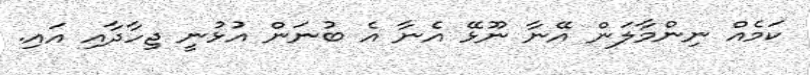
ކަމެއް ނިންމާލަން އޭނާ ނޫޅޭ އެނާ އެ ބުނަން އުޅުނީ ޖިހާދާއި އައި.